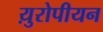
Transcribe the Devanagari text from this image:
य़ुरोपीयन